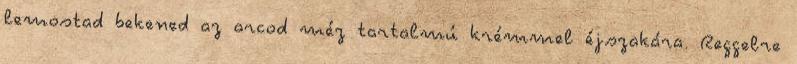
lemostad bekened az arcod méz tartalmú krémmel éjszakára. Reggelre